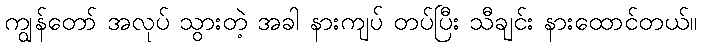
ကျွန်တော် အလုပ် သွားတဲ့ အခါ နားကျပ် တပ်ပြီး သီချင်း နားထောင်တယ်။